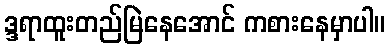
ဒ္ဒရာထူးတည်မြဲနေအောင် ကစားနေမှာပါ။